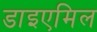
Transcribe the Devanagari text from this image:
डाइएमिल